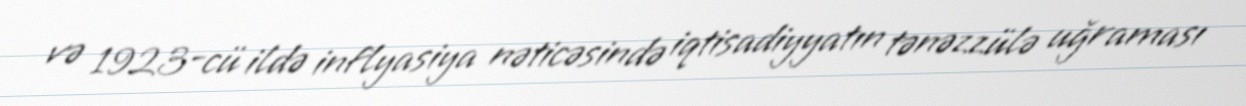
və 1923-cü ildə inflyasiya nəticəsində iqtisadiyyatın tənəzzülə uğraması